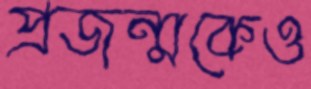
প্রজন্মকেও